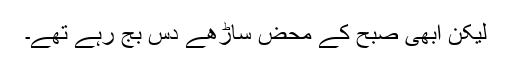
لیکن ابھی صبح کے محض ساڑھے دس بج رہے تھے۔